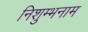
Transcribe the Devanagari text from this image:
निशुम्भनाम